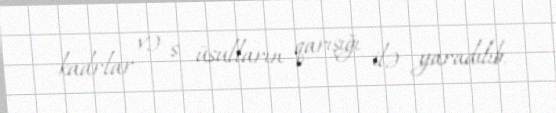
kadrlar və s. üsulların qarışığı ilə yaradılıb.